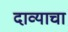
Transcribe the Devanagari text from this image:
दाव्याचा